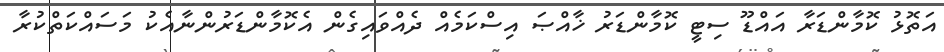
އަތޮޅު ކޮމާންޑަރާ އައްޑޫ ސިޓީ ކޮމާންޑަރު ޚާއްޞަ އިސްކަމެއް ދެއްވައިގެން އެކޮމާންޑަރުންނާއެކު މަސައްކަތްކުރާ